Vaccination in the Punjab 1905-1918 - 1905-1918
Year: 1905
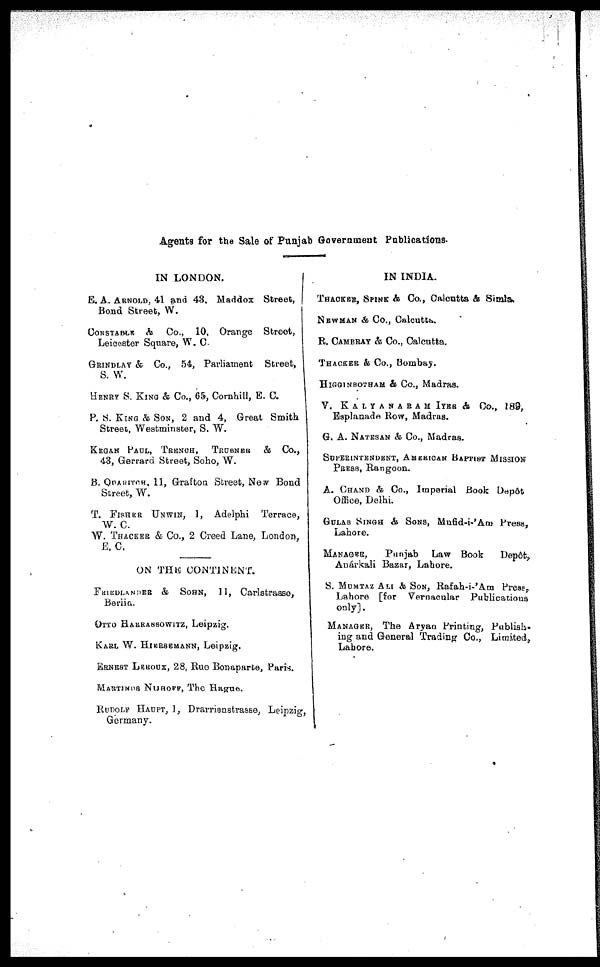
Agents for the Sale of Punjab Government Publications.
IN LONDON.
E. A. ARNOLD, 41 and 43, Maddox Street,
Bond Street, W.
CONSTABLE & Co., 10, Orange
Street,
Leicester Square, W. C.
GRINDLAY & Co., 54, Parliament
Street,
S. W.
HENRY S. KING & Co., 65, Cornhill, E. C.
P. S. KING & SON, 2 and 4, Great Smith
Street, Westminster, S. W.
KIGAN PAUL, TRENCH, TRUBNER & Co.,
43, Gerrard Street, Soho, W.
B. QUARITCH, 11, Grafton Street, New Bond
Street, W.
T. FISHER UNWIN, 1, Adelphi
Terrace,
W. C.
W THACKER & Co., 2 Creed Lane, London,
E. C.
ON THE CONTINENT.
FRIEDLANDER
& SOHN, 11, Carlstrasse,
Berlla.
OTTO HARRASSOWITZ, Leipzig.
KARL W. HIERSEMANN, Leipzig.
ERNEST LEROUX, 28, Ruo Bonaparte, Paris.
MARTINUS NIJHOFF, The Hague.
RUDOLF HAUPT, 1, Drarrisnstrasse, Leipzig,
Germany.
IN INDIA.
THACKER, SPINK & Co., Calcutta & Simla
NEWMAN & Co., Calcutta.
R. CAMBRAY & Co., Calcutta.
THACKER & Co., Bombay.
HIGGINBOTHAM & Co., Madras.
V. KALYANARAM IYER & Co., 189,
Esplanade Row, Madras.
G. A. NATESAN & Co., Madras.
SUPERINTENDENT, AMERICAN BAPTIST MISSION
PRESS, Rangoon.
A. CHAND & Co., Imperial Book Depôt
Office, Delhi.
GULAB SINGH & SONS, Mufid-i-'Am Press,
Lahore.
MANAGER,
Punjab
Law Book
Depôt,
Anárkali Bazar, Lahore.
S. MUMTAZ ALI & SONS Rafah-i-'Am Press,
Lahore [for Vernacular
Publications
only].
MANAGER, The Aryan Printing, Publish-
ing and General Trading Co., Limited,
Lahore.